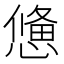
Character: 𢢑